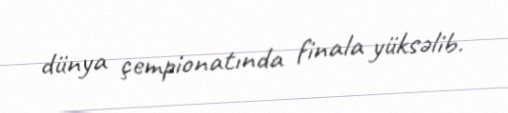
dünya çempionatında finala yüksəlib.